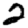
Digit: 2